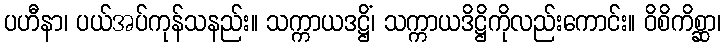
ပဟီနာ၊ ပယ်အပ်ကုန်သနည်း။ သက္ကာယဒဋ္ဌိံ၊ သက္ကာယဒိဋ္ဌိကိုလည်းကောင်း။ ဝိစိကိစ္ဆာ၊